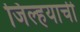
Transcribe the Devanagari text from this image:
जिल्हयाची